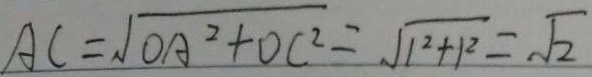
A C = \sqrt { O A ^ { 2 } + O C ^ { 2 } } = \sqrt { 1 ^ { 2 } + 1 ^ { 2 } } = \sqrt { 2 }